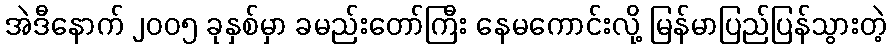
အဲဒီနောက် ၂၀၀၅ ခုနှစ်မှာ ခမည်းတော်ကြီး နေမကောင်းလို့ မြန်မာပြည်ပြန်သွားတဲ့